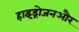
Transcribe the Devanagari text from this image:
हाइड्रोजनऔर